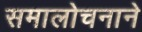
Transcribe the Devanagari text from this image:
समालोचनाने